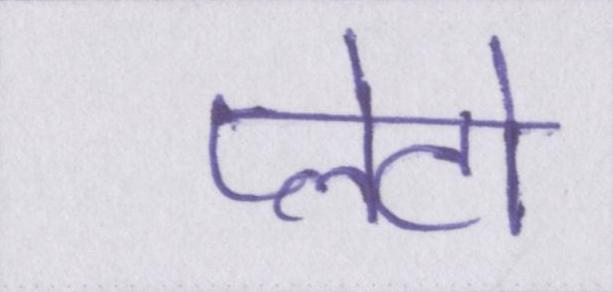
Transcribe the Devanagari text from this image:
प्लेटो